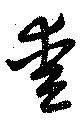
愛